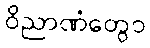
ဝိညာဏံတွေဝ